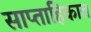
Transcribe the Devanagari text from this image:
साप्‍ताहिकात